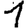
Digit: 1